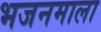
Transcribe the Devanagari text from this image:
भजनमाला